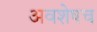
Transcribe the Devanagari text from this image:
अवशेषच